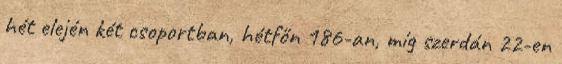
hét elején két csoportban, hétfőn 186-an, míg szerdán 22-en